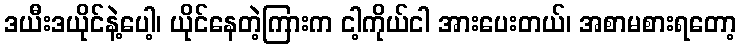
ဒယီးဒယိုင်နဲ့ပေါ့၊ ယိုင်နေတဲ့ကြားက ငါ့ကိုယ်ငါ အားပေးတယ်၊ အစာမစားရတော့